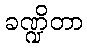
ခဏ္ဍိတာ